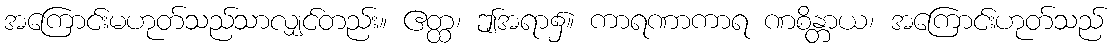
အကြောင်းမဟုတ်သည်သာလျှင်တည်း။ ဧတ္ထ၊ ဤအရာ၌။ ကာရဏာကာရ ဏစိန္တာယ၊ အကြောင်းဟုတ်သည်